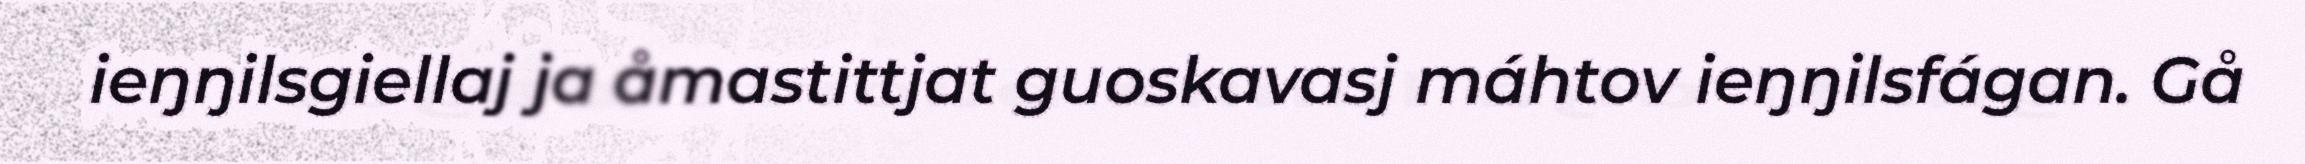
ieŋŋilsgiellaj ja åmastittjat guoskavasj máhtov ieŋŋilsfágan. Gå